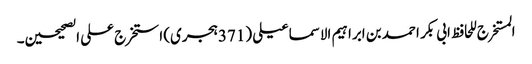
المستخرج للحافظ ابی بکر احمد بن ابراہیم الاسماعیلی (371ہجری) استخرج علی الصحیحین۔